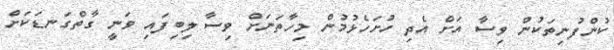
ކުންފުނިތަކުން ވިސާ އަށް އެދި ހުށަހެޅުމުން މިހާތަނަށް ވިސާ ލިބިފައި ވަނީ ގާތްގަނޑަކަށް